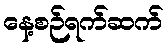
နေ့စဉ်ရက်ဆက်